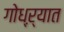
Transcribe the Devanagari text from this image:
गोध्ऱ्यात